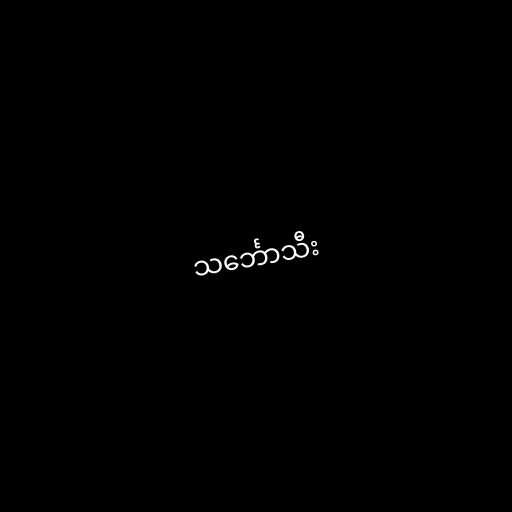
သင်္ဘောသီး